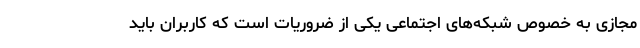
مجازی به خصوص شبکه‌های اجتماعی یکی از ضروریات است که کاربران باید